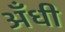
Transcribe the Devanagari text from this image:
अँधी